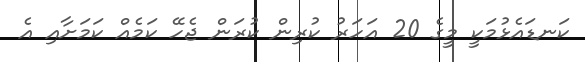
ކަނޑައެޅުމަކީ މީގެ 20 އަހަރު ކުރިން ކުރަން ޖެހޭ ކަމެއް ކަމަށާއި އެ